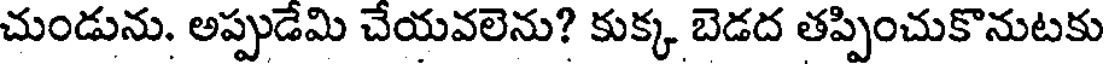
చుండును. అప్పుడేమి చేయవలెను? కుక్క బెడద తప్పించుకొనుటకు